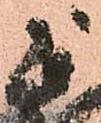
正